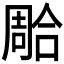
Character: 𭊐